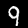
Digit: 9